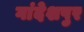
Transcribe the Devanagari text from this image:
गांदेशपुर